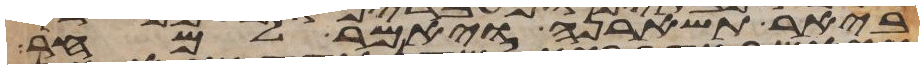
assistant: ביאר תשארנה ויאמר למחר